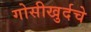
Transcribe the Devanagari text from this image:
गोसीखुर्दचे